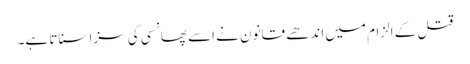
قتل کے الزام میں اندھے قانون نے اسے پھانسی کی سزا سناتا ہے۔